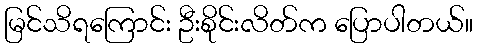
မြင်သိရကြောင်း ဦးစိုင်းလိတ်က ပြောပါတယ်။